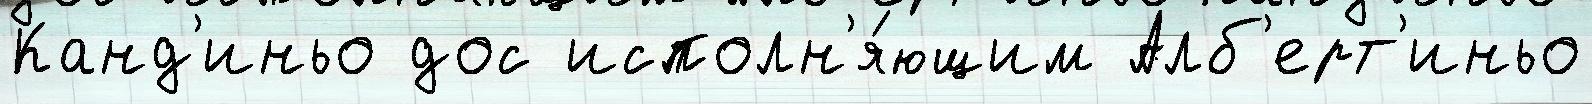
Канд'иньо дос исполн'я́ющим Алб'ерт'иньо